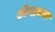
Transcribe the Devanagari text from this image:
ॲनायन